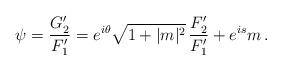
LaTeX: \begin{align*}\psi=\frac{G_2'}{F_1'}=e^{i\theta} \sqrt{1+|m|^2}\,\frac{F_2'}{F_1'}+e^{is}m\,.\end{align*}